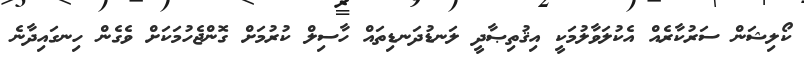
ކޯލިޝަން ސަރުކާރެއް އެކުލަވާލުމަކީ އިޤުތިޞާދީ ލަނޑުދަނޑިތައް ހާސިލް ކުރުމަށް ގޮންޖެހުމަކަށް ވެގެން ހިނގައިދާނެ